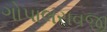
ગોપાલરાવજી